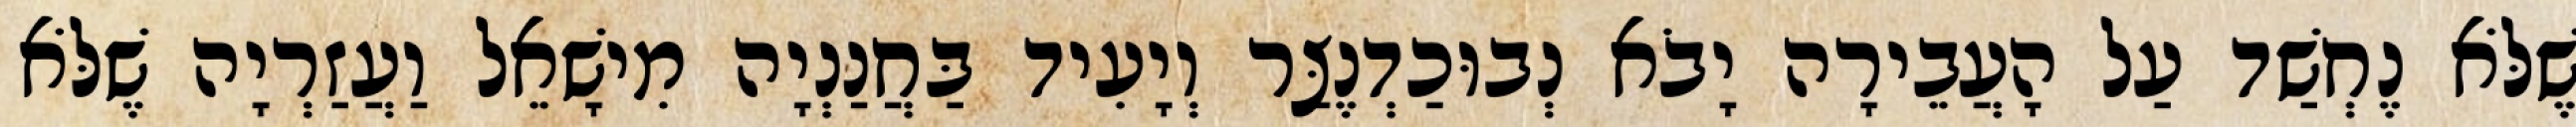
שֶׁלֹּא נֶחְשַׁד עַל הָעֲבֵירָה יָבֹא נְבוּכַדְנֶצַּר וְיָעִיד בַּחֲנַנְיָה מִישָׁאֵל וַעֲזַרְיָה שֶׁלֹּא